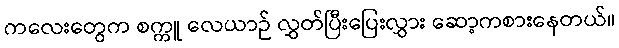
ကလေးတွေက စက္ကူ လေယာဉ် လွှတ်ပြီးပြေးလွှား ဆော့ကစားနေတယ်။